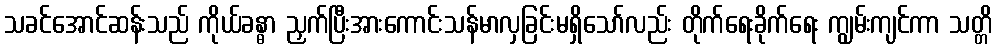
သခင်အောင်ဆန်းသည် ကိုယ်ခန္ဓာ ညှက်ပြီးအားကောင်းသန်မာလှခြင်းမရှိသော်လည်း တိုက်ရေးခိုက်ရေး ကျွမ်းကျင်ကာ သတ္တိ